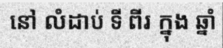
នៅ លំដាប់ ទី ពីរ ក្នុង ឆ្នាំ